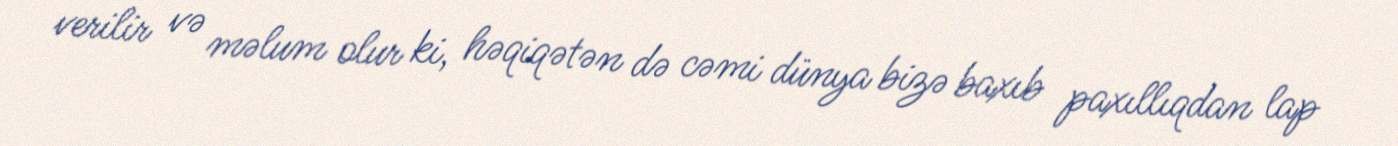
verilir və məlum olur ki, həqiqətən də cəmi dünya bizə baxıb paxıllıqdan lap